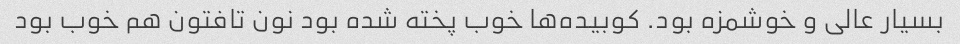
بسیار عالی و خوشمزه بود. کوبیده‌ها خوب پخته شده بود نون تافتون هم خوب بود